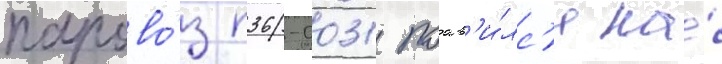
парово́з п36-0031 поав'и́лс'я на́